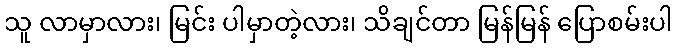
သူ လာမှာလား၊ မြင်း ပါမှာတဲ့လား၊ သိချင်တာ မြန်မြန် ပြောစမ်းပါ